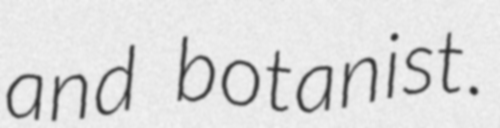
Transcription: and botanist.